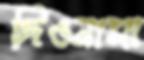
দিওনাসা